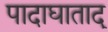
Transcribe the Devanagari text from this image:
पादाघाताद्